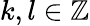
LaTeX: k,l\in\mathbb{Z}